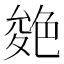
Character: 𦫝